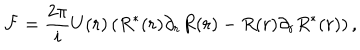
{ \cal F } = \frac { 2 \pi } { i } U ( r ) \left( R ^ { \ast } ( r ) \partial _ { r } R ( r ) - R ( r ) \partial _ { r } R ^ { \ast } ( r ) \right) ,